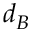
d _ { B }